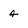
Character: 4